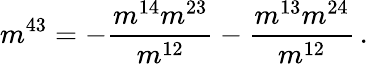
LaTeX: m^{43}=-\frac{m^{14}m^{23}}{m^{12}}-\frac{m^{13}m^{24}}{m^{12}}\, .